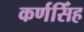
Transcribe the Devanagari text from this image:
कर्णसिँह